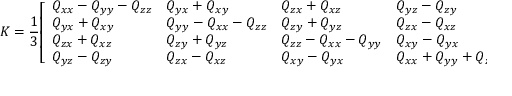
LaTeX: K = { \frac { 1 } { 3 } } { \left[ \begin{array} { l l l l } { Q _ { x x } - Q _ { y y } - Q _ { z z } } & { Q _ { y x } + Q _ { x y } } & { Q _ { z x } + Q _ { x z } } & { Q _ { y z } - Q _ { z y } } \\ { Q _ { y x } + Q _ { x y } } & { Q _ { y y } - Q _ { x x } - Q _ { z z } } & { Q _ { z y } + Q _ { y z } } & { Q _ { z x } - Q _ { x z } } \\ { Q _ { z x } + Q _ { x z } } & { Q _ { z y } + Q _ { y z } } & { Q _ { z z } - Q _ { x x } - Q _ { y y } } & { Q _ { x y } - Q _ { y x } } \\ { Q _ { y z } - Q _ { z y } } & { Q _ { z x } - Q _ { x z } } & { Q _ { x y } - Q _ { y x } } & { Q _ { x x } + Q _ { y y } + Q _ { z z } } \end{array} \right] } ,